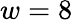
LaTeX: w=8